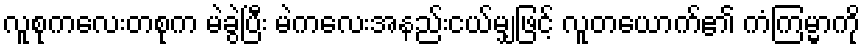
လူစုကလေးတစုက မဲခွဲပြီး မဲကလေးအနည်းငယ်မျှဖြင့် လူတယောက်၏ ကံကြမ္မာကို